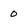
Character: O